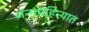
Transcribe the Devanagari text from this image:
जन्ममहिन्यात